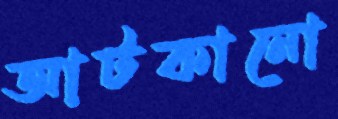
আটকানো